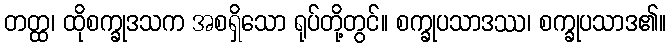
တတ္ထ၊ ထိုစက္ခုဒသက အစရှိသော ရုပ်တို့တွင်။ စက္ခုပသာဒဿ၊ စက္ခုပသာဒ၏။